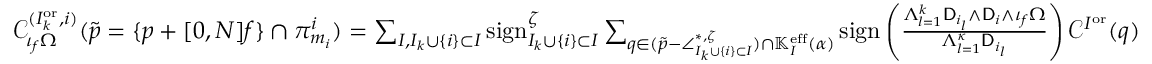
\begin{array} { r } { \mathcal { C } _ { \iota _ { f } \Omega } ^ { ( I _ { k } ^ { \mathrm { o r } } , i ) } ( \tilde { p } = \{ p + [ 0 , N ] f \} \cap \pi _ { m _ { i } } ^ { i } ) = \sum _ { I , I _ { k } \cup \{ i \} \subset I } \mathrm { s i g n } _ { I _ { k } \cup \{ i \} \subset I } ^ { \zeta } \sum _ { q \in ( \tilde { p } - \angle _ { I _ { k } \cup \{ i \} \subset I } ^ { * , \zeta } ) \cap \mathbb { K } _ { I } ^ { { \mathrm { e f f } } } ( \alpha ) } \mathrm { s i g n } \left( \frac { \Lambda _ { l = 1 } ^ { k } \mathsf { D } _ { i _ { l } } \wedge \mathsf { D } _ { i } \wedge \iota _ { f } \Omega } { \Lambda _ { l = 1 } ^ { { \boldsymbol { \kappa } } } \mathsf { D } _ { i _ { l } } } \right) \mathcal { C } ^ { I ^ { \mathrm { o r } } } ( q ) } \end{array}